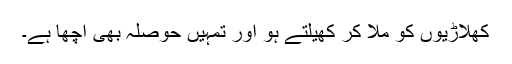
کھلاڑیوں کو ملا کر کھیلتے ہو اور تمہیں حوصلہ بھی اچھا ہے۔